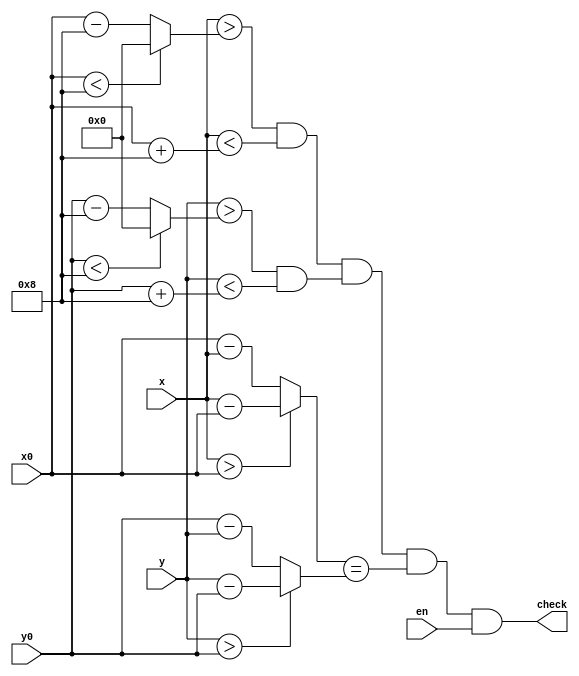
`timescale 1ns / 1ps
module cursor_check(
	input [9:0] x0, y0, x, y, en,
	output check
);

	wire [9:0]w1;
  wire [9:0]w2;
  wire [9:0]w3;
  wire [9:0]w4;
  wire w5,w6;
	wire [9:0]w7;
  wire [9:0]w8;
  wire w9;
	
	assign w1 = (x0 < 10'b0000001000)?10'b0000000000:x0 - 10'b0000001000;
	assign w2 = (y0 < 10'b0000001000)?10'b0000000000:y0 - 10'b0000001000;
	assign w3 = x0 + 10'b0000001000;
	assign w4 = y0 + 10'b0000001000;
	
	assign w7 = (x>x0)?x-x0:x0-x;
	assign w8 = (y>y0)?y-y0:y0-y;
	assign w9 = w7==w8;
	
	assign w5 = (x>w1)&&(x<w3);
	assign w6 = (y>w2)&&(y<w4);
	
	assign check = w5&&w6&&w9&&en;	

endmodule